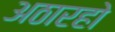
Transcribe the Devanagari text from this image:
अठारहो